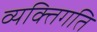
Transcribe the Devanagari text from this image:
व्यक्तिगति